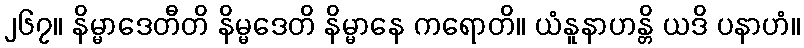
၂၆၇။ နိမ္မာဒေတီတိ နိမ္မဒေတိ နိမ္မာနေ ကရောတိ။ ယံနူနာဟန္တိ ယဒိ ပနာဟံ။